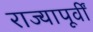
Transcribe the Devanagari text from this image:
राज्यापूर्वीं